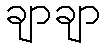
ချာချာ